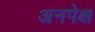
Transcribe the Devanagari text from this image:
अनपेक्ष